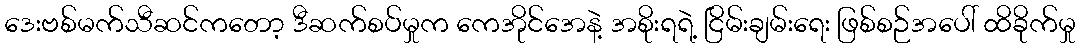
ဒေးဗစ်မက်သီဆင်ကတော့ ဒီဆက်စပ်မှုက ကေအိုင်အေနဲ့ အစိုးရရဲ့ ငြိမ်းချမ်းရေး ဖြစ်စဉ်အပေါ် ထိခိုက်မှု